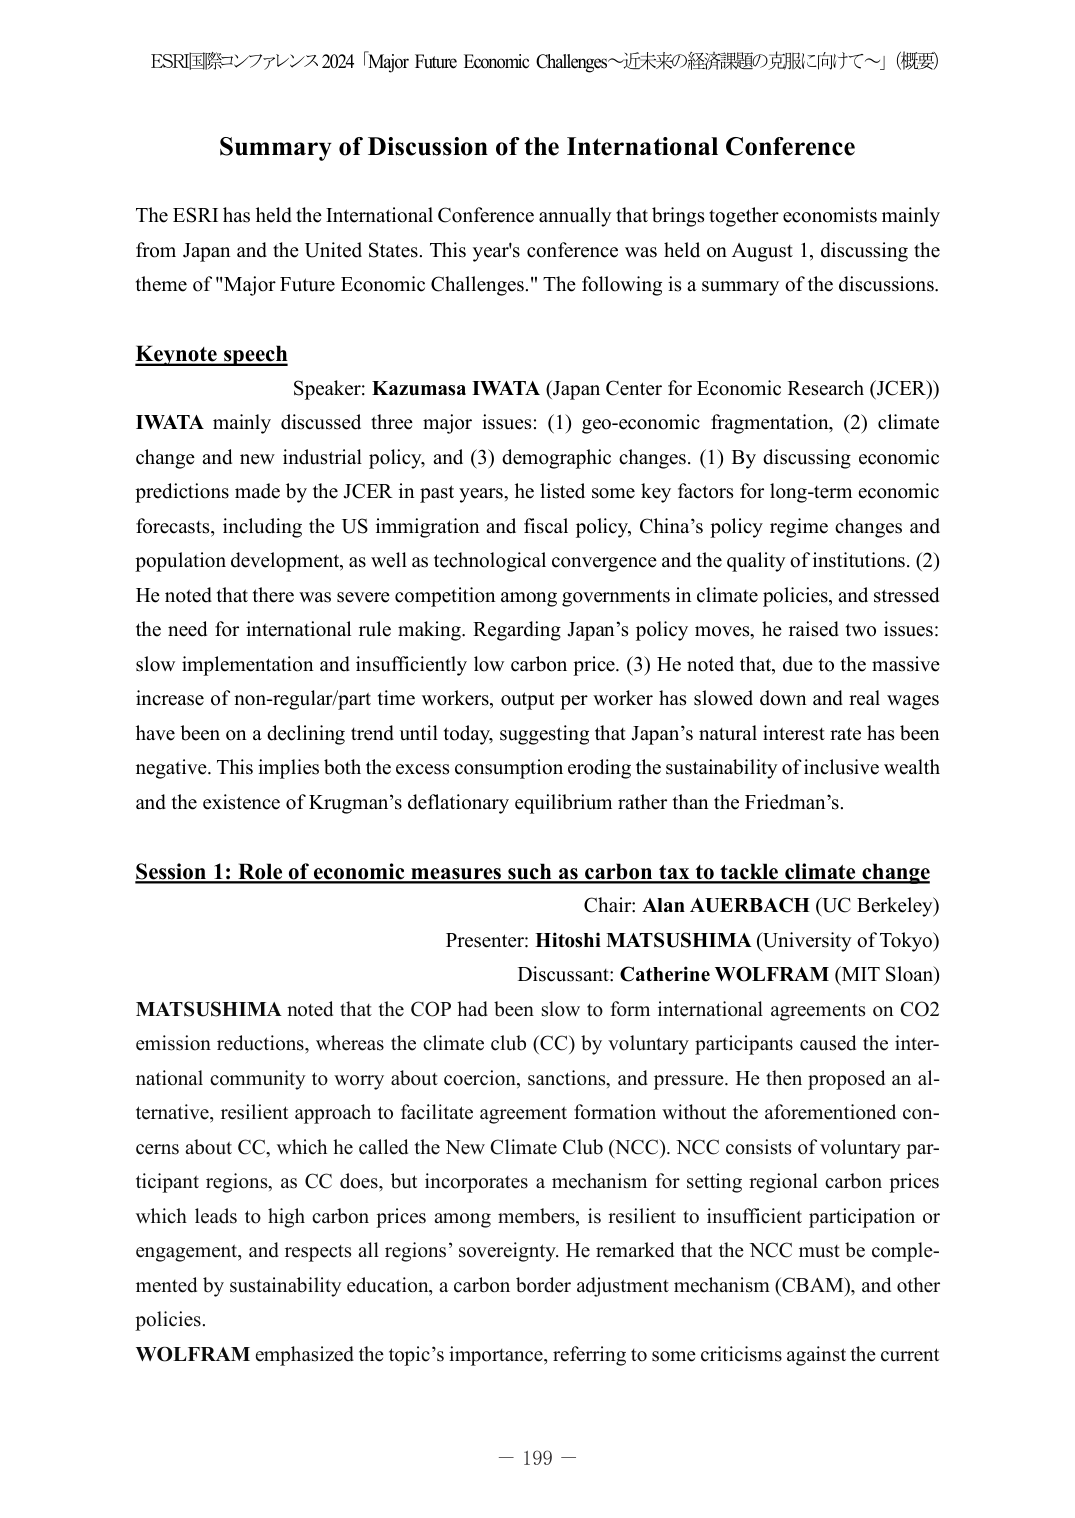
ESRI国際コンファレンス2024「Major Future Economic Challenges～近未来の経済課題の克服に向けて～」（概要）

Summary of Discussion of the International Conference

The ESRI has held the International Conference annually that brings together economists mainly from Japan and the United States. This year's conference was held on August 1, discussing the theme of "Major Future Economic Challenges." The following is a summary of the discussions.

Keynote speech
Speaker: Kazumasa IWATA (Japan Center for Economic Research (JICER))
IWATA mainly discussed three major issues: (1) geo-economic fragmentation, (2) climate change and new industrial policy, and (3) demographic changes. (1) By discussing economic predictions made by the JICER in past years, he listed some key factors for long-term economic forecasts, including the US immigration and fiscal policy, China’s policy regime changes and population development, as well as technological convergence and the quality of institutions. (2) He noted that there was severe competition among governments in climate policies, and stressed the need for international rule making. Regarding Japan’s policy moves, he raised two issues: slow implementation and insufficiently low carbon price. (3) He noted that, due to the massive increase of non-regular/part time workers, output per worker has slowed down and real wages have been on a declining trend until today, suggesting that Japan’s natural interest rate has been negative. This implies both the excess consumption eroding the sustainability of inclusive wealth and the existence of Krugman’s deflationary equilibrium rather than the Friedman’s.

Session 1: Role of economic measures such as carbon tax to tackle climate change
Chair: Alan AUERBACH (UC Berkeley)
Presenter: Hitoshi MATSUSHIMA (University of Tokyo)
Discussant: Catherine WOLFRAM (MIT Sloan)
MATSUSHIMA noted that the COP had been slow to form international agreements on CO2 emission reductions, whereas the climate club (CC) by voluntary participants caused the international community to worry about coercion, sanctions, and pressure. He then proposed an alternative, resilient approach to facilitate agreement formation without the aforementioned concerns about CC, which he called the New Climate Club (NCC). NCC consists of voluntary participant regions, as CC does, but incorporates a mechanism for setting regional carbon prices which leads to high carbon prices among members, is resilient to insufficient participation or engagement, and respects all regions’ sovereignty. He remarked that the NCC must be complemented by sustainability education, a carbon border adjustment mechanism (CBAM), and other policies.
WOLFRAM emphasized the topic’s importance, referring to some criticisms against the current

－ 199 －